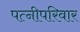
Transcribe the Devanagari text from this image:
पत्नीपरिवार